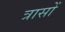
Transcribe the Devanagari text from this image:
त्रासों